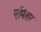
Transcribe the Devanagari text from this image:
एमिसर